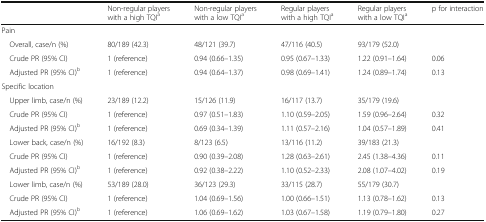
|  | Non-regular players with a high TQIa | Non-regular players with a low TQIa | Regular players with a high TQIa | Regular players with a low TQIa | p for interaction |
 | --- | --- | --- | --- | --- | --- |
 | <COLSPAN=6> Pain |
 | Overall, case/n (%) | 80/189 (42.3) | 48/121 (39.7) | 47/116 (40.5) | 93/179 (52.0) |  |
 | Crude PR (95% CI) | 1 (reference) | 0.94 (0.66–1.35) | 0.95 (0.67–1.33) | 1.22 (0.91–1.64) | 0.06 |
 | Adjusted PR (95% CI)b | 1 (reference) | 0.94 (0.64–1.37) | 0.98 (0.69–1.41) | 1.24 (0.89–1.74) | 0.13 |
 | <COLSPAN=6> Specific location |
 | Upper limb, case/n (%) | 23/189 (12.2) | 15/126 (11.9) | 16/117 (13.7) | 35/179 (19.6) |  |
 | Crude PR (95% CI) | 1 (reference) | 0.97 (0.51–1.83) | 1.10 (0.59–2.05) | 1.59 (0.96–2.64) | 0.32 |
 | Adjusted PR (95% CI)b | 1 (reference) | 0.69 (0.34–1.39) | 1.11 (0.57–2.16) | 1.04 (0.57–1.89) | 0.41 |
 | Lower back, case/n (%) | 16/192 (8.3) | 8/123 (6.5) | 13/116 (11.2) | 39/183 (21.3) |  |
 | Crude PR (95% CI) | 1 (reference) | 0.90 (0.39–2.08) | 1.28 (0.63–2.61) | 2.45 (1.38–4.36) | 0.11 |
 | Adjusted PR (95% CI)b | 1 (reference) | 0.92 (0.38–2.22) | 1.10 (0.52–2.33) | 2.08 (1.07–4.02) | 0.19 |
 | Lower limb, case/n (%) | 53/189 (28.0) | 36/123 (29.3) | 33/115 (28.7) | 55/179 (30.7) |  |
 | Crude PR (95% CI) | 1 (reference) | 1.04 (0.69–1.56) | 1.00 (0.66–1.51) | 1.13 (0.78–1.62) | 0.13 |
 | Adjusted PR (95% CI)b | 1 (reference) | 1.06 (0.69–1.62) | 1.03 (0.67–1.58) | 1.19 (0.79–1.80) | 0.27 |